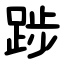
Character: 踄